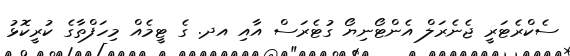
ސެކްރެޓަރީ ޖެނެރަލް އެންޓޯނިޔޯ ގުޓެރަސް އާއި އދ. ގެ ޓީމެއް މިހަފްތާގެ ކުރީކޮޅު